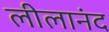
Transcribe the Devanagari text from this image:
लीलानंद